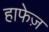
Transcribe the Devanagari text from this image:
हाफेज़